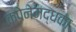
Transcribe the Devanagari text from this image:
कपेनेमद्धका